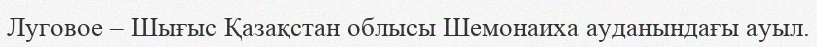
Луговое – Шығыс Қазақстан облысы Шемонаиха ауданындағы ауыл.